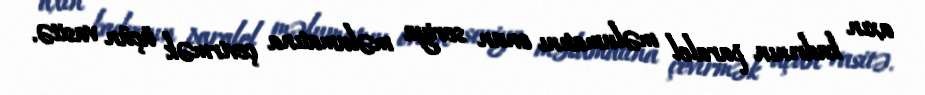
axın kadrının paralel məlumatını onun seriya məlumatına çevirmək üçün vasitə.